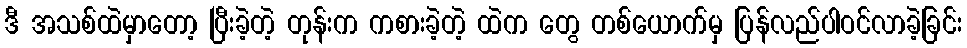
ဒီ အသစ်ထဲမှာတော့ ပြီးခဲ့တဲ့ တုန်းက ကစားခဲ့တဲ့ ထဲက တွေ တစ်ယောက်မှ ပြန်လည်ပါဝင်လာခဲ့ခြင်း